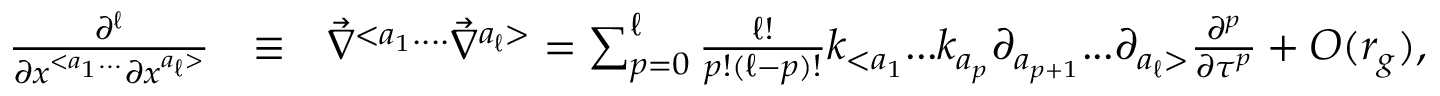
\begin{array} { r l r } { \frac { \partial ^ { \ell } } { \partial x ^ { < a _ { 1 } . . . } \partial x ^ { a _ { \ell } > } } } & { \equiv } & { { \vec { \nabla } } ^ { < a _ { 1 } . . . . } { \vec { \nabla } } ^ { a _ { \ell } > } = \sum _ { p = 0 } ^ { \ell } \frac { \ell ! } { p ! ( \ell - p ) ! } k _ { < a _ { 1 } } . . . k _ { a _ { p } } \partial _ { a _ { p + 1 } } . . . \partial _ { a _ { \ell } > } \frac { \partial ^ { p } } { \partial \tau ^ { p } } + { \cal O } ( r _ { g } ) , } \end{array}